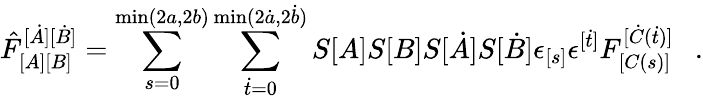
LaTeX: \hat{F}_{[A][B]}^{[\dot{A}][\dot{B}]}=\sum_{s=0}^{\operatorname*{min}(2a,2b)}\sum_{\dot{t}=0}^{\operatorname*{min}(2\dot{a},2\dot{b})}S[A]S[B]S[\dot{A}]S[\dot{B}]\epsilon_{[s]}\epsilon^{[\dot{t}]}F_{[C(s)]}^{[\dot{C}(\dot{t})]}\ \ \ .